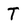
Character: T